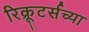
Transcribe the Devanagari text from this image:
रिक्रूटर्सच्या